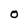
Character: 0